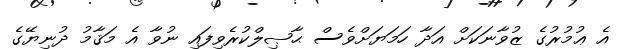
އެ ޢުމުރުގެ ޒުވާނަކަށް އަދާ ހަމަޔަށްވެސް ޙާޞިލްކުރެވިފައި ނުވާ އެ މަޤާމު ދުނިޔޭގެ